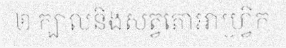
២ ក្បាលនិងសត្វតោអាហ្វ្រិក